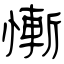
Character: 慚